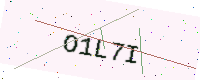
Text: O1L7I